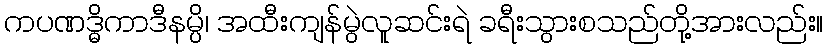
ကပဏဒ္ဓိကာဒီနမ္ပိ၊ အထီးကျန်မွဲလူဆင်းရဲ ခရီးသွားစသည်တို့အားလည်း။